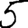
Digit: 5